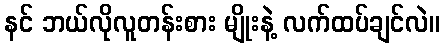
နင် ဘယ်လိုလူတန်းစား မျိုးနဲ့ လက်ထပ်ချင်လဲ။